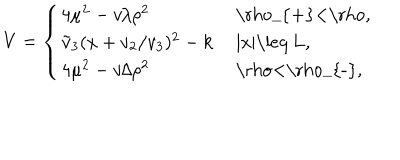
V = \left\{ \begin{array} { l l } { { 4 \mu ^ { 2 } - v / \rho ^ { 2 } } } & { { \mathrm { ~ \ r h o _ { + } < \ r h o , ~ } } } \\ { { \tilde { v } _ { 3 } ( x + v _ { 2 } / v _ { 3 } ) ^ { 2 } - k } } & { { \mathrm { ~ | x | \leq ~ L , ~ } } } \\ { { 4 \mu ^ { 2 } - v / \rho ^ { 2 } } } & { { \mathrm { ~ \ r h o < \ r h o _ { - } , ~ } } } \\ \end{array} \right.